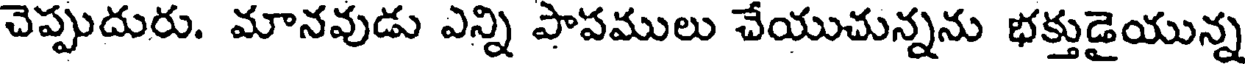
చెప్పుదురు. మానవుడు ఎన్ని పాపములు చేయుచున్నను భక్తుడైయున్న